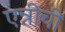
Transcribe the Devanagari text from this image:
एन्नीची